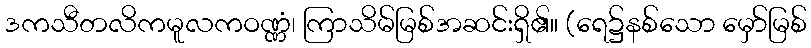
ဒကသီတလိကမူလကဝဏ္ဏံ၊ ကြာသိမ်မြစ်အဆင်းရှိ၏။ (ရေ၌နစ်သော မှော်မြစ်